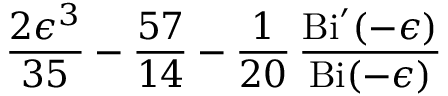
{ \frac { 2 \epsilon ^ { 3 } } { 3 5 } } - { \frac { 5 7 } { 1 4 } } - { \frac { 1 } { 2 0 } } \, { \frac { \mathrm { B i } ^ { \prime } ( - \epsilon ) } { \mathrm { B i } ( - \epsilon ) } }